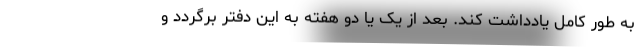
به طور کامل یادداشت کند. بعد از یک یا دو هفته به این دفتر برگردد و